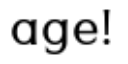
age!